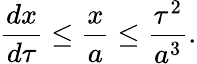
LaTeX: \frac{dx}{d\tau}\leq\frac{x}{a}\leq\frac{\tau^{2}}{a^{3}}.